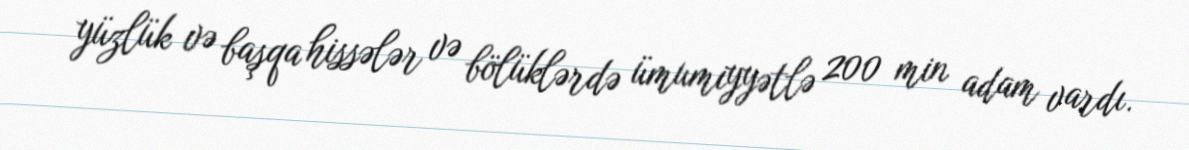
yüzlük və başqa hissələr və bölüklərdə ümumiyyətlə 200 min adam vardı.